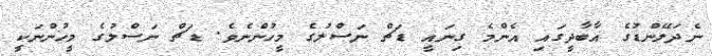
ނެދަލޭންޑުގެ އާބާދީގައި އެންމެ ގިނައީ ޑަޗް ނަސްލުގެ މީހުންނެވެ. ޑަޗް ނަސްލުގެ މީހުންނަކީ